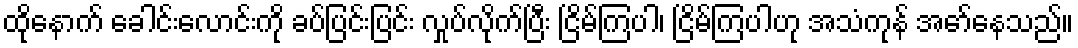
ထိုနောက် ခေါင်းလောင်းကို ခပ်ပြင်းပြင်း လှုပ်လိုက်ပြီး ငြိမ်ကြပါ၊ ငြိမ်ကြပါဟု အသံကုန် အော်နေသည်။